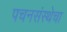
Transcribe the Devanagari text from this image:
पचनसंस्थेचा